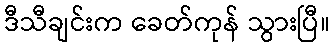
ဒီသီချင်းက ခေတ်ကုန် သွားပြီ။